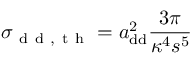
\sigma _ { \mathrm { ~ d ~ d ~ , ~ t ~ h ~ } } = a _ { \mathrm { { d d } } } ^ { 2 } \frac { 3 \pi } { \kappa ^ { 4 } s ^ { 5 } }